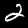
Label: 2